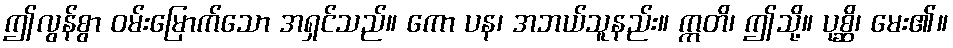
ဤလွန်စွာ ဝမ်းမြောက်သော အရှင်သည်။ ကော ပန၊ အဘယ်သူနည်း။ ဣတိ၊ ဤသို့။ ပုစ္ဆိ၊ မေး၏။